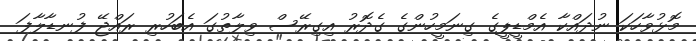
މޮޅުވާހަކަ ނުދައްކާ އެމްޑީޕީގެ ގިނަމީހުންގެ ގެދޮރު އިގިރޭސް ވިލާތުގަ އެބަހުރި ރައްޖޭ ފުނޑާލާފަ